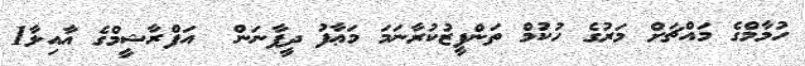
ހުމާމްގެ މައްޗަށް މަރުގެ ހުކުމް ތަންފީޒުކުރާނަމަ މަޢާފު ދީފާނަން  އަފްރާޝީމްގެ އާއިލާ1